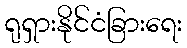
ရုရှားနိုင်ငံခြားရေး